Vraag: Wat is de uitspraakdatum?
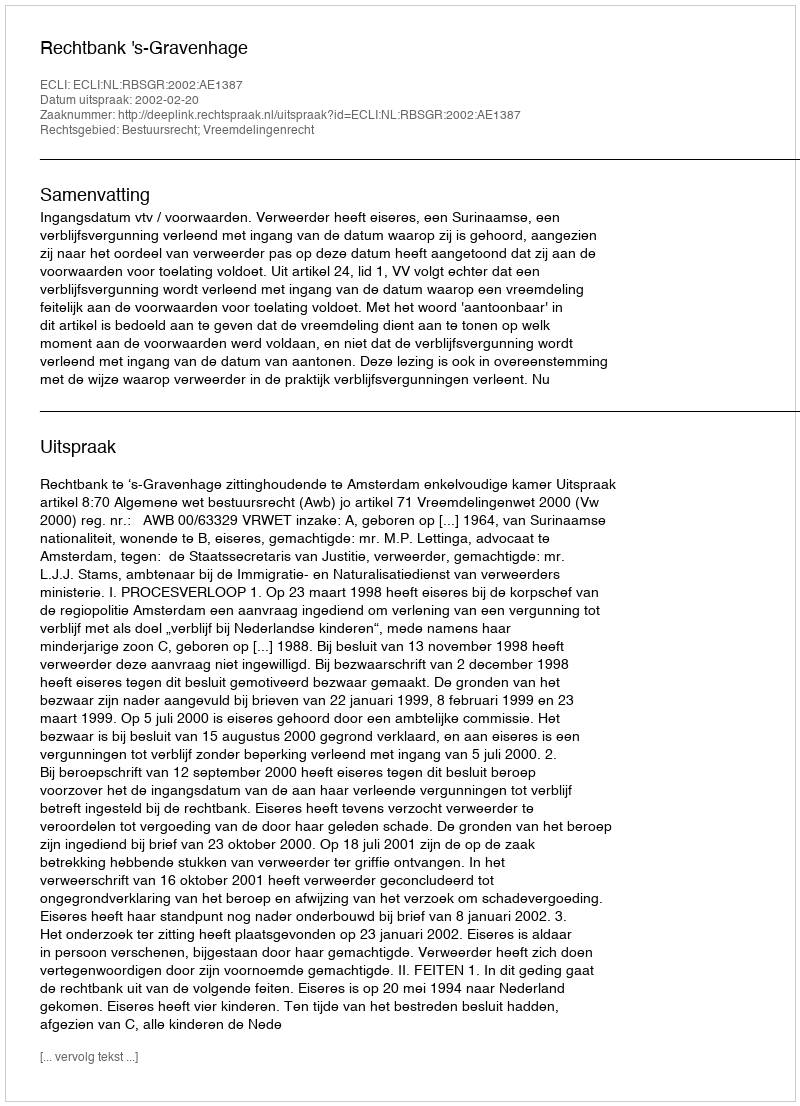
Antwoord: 2002-02-20